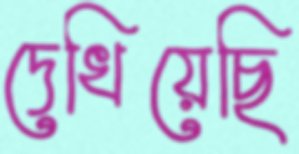
দেখিয়েছি